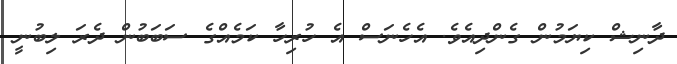
ދާނިޝް ކިޔަމުން ގެންދިއެވެ. އެހެނަސް އެ ހުރިހާ ކަމެއްގެ ސަބަބުން ދެރަ ލިބުނީ